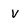
Character: V